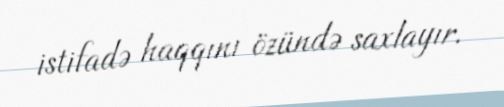
istifadə haqqını özündə saxlayır.